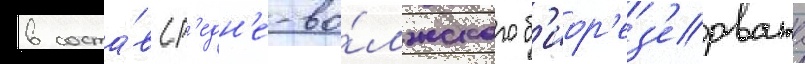
в соста́в ср'едн'е-во́лжского б'иор'ез'ервата